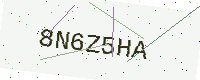
Text: 8N6Z5HA